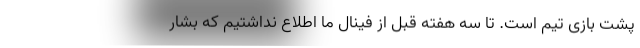
پشت بازی تیم است. تا سه هفته قبل از فینال ما اطلاع نداشتیم که بشار